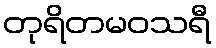
တုရိတမဝသရီ